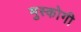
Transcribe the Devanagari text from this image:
मुस्कोगी